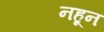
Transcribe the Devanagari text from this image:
नहून